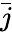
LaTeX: \bar{j}